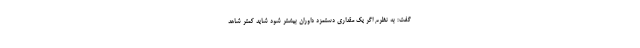
گفت: به نظرم اگر یک مقداری دستمزد داوران بیشتر شود شاید کمتر شاهد